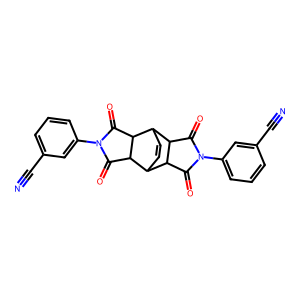
SMILES: N#Cc1cccc(N2C(=O)C3C4C=CC(C3C2=O)C2C(=O)N(c3cccc(C#N)c3)C(=O)C42)c1
Inhibits HIV replication: No